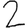
Digit: 2